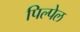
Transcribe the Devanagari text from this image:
पिल्पेल